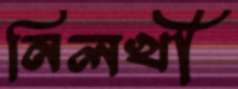
নিলখী